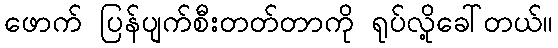
ဖောက် ပြန်ပျက်စီးတတ်တာကို ရုပ်လို့ခေါ်တယ်။